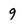
Character: g